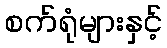
စက်ရုံများနှင့်